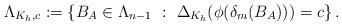
LaTeX: \begin{align*}\Lambda_{K_h,c}:=\left\{B_A \in \Lambda_{n-1} \ : \ \Delta_{K_h}(\phi(\delta_m(B_A)))=c \right\}.\end{align*}